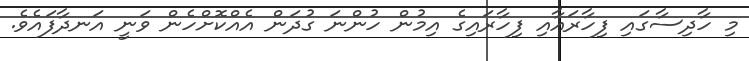
މި ހާދިސާގައި ފިހާރައާއި ފިހާރައިގެ އިމުން ހުންނަ ގުދަން އެއްކޮށްހެން ވަނީ އަނދާފައެވެ.